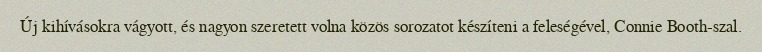
Új kihívásokra vágyott, és nagyon szeretett volna közös sorozatot készíteni a feleségével, Connie Booth-szal.